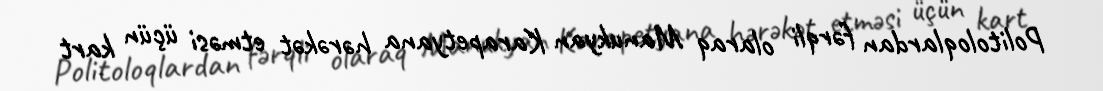
Politoloqlardan fərqli olaraq Manukyan Karapetyana hərəkət etməsi üçün kart